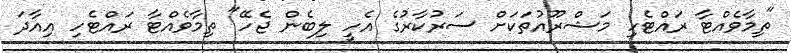
"ތިމާވެއްޓާ ރައްޓެހި މަޝްރޫއުތަކަށް ސަރުކާރުގެ އެހީ ލިބެން ޖެހޭ" ތިމާވެއްޓާ ރައްޓެހި އިއާދަ